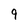
Character: 9